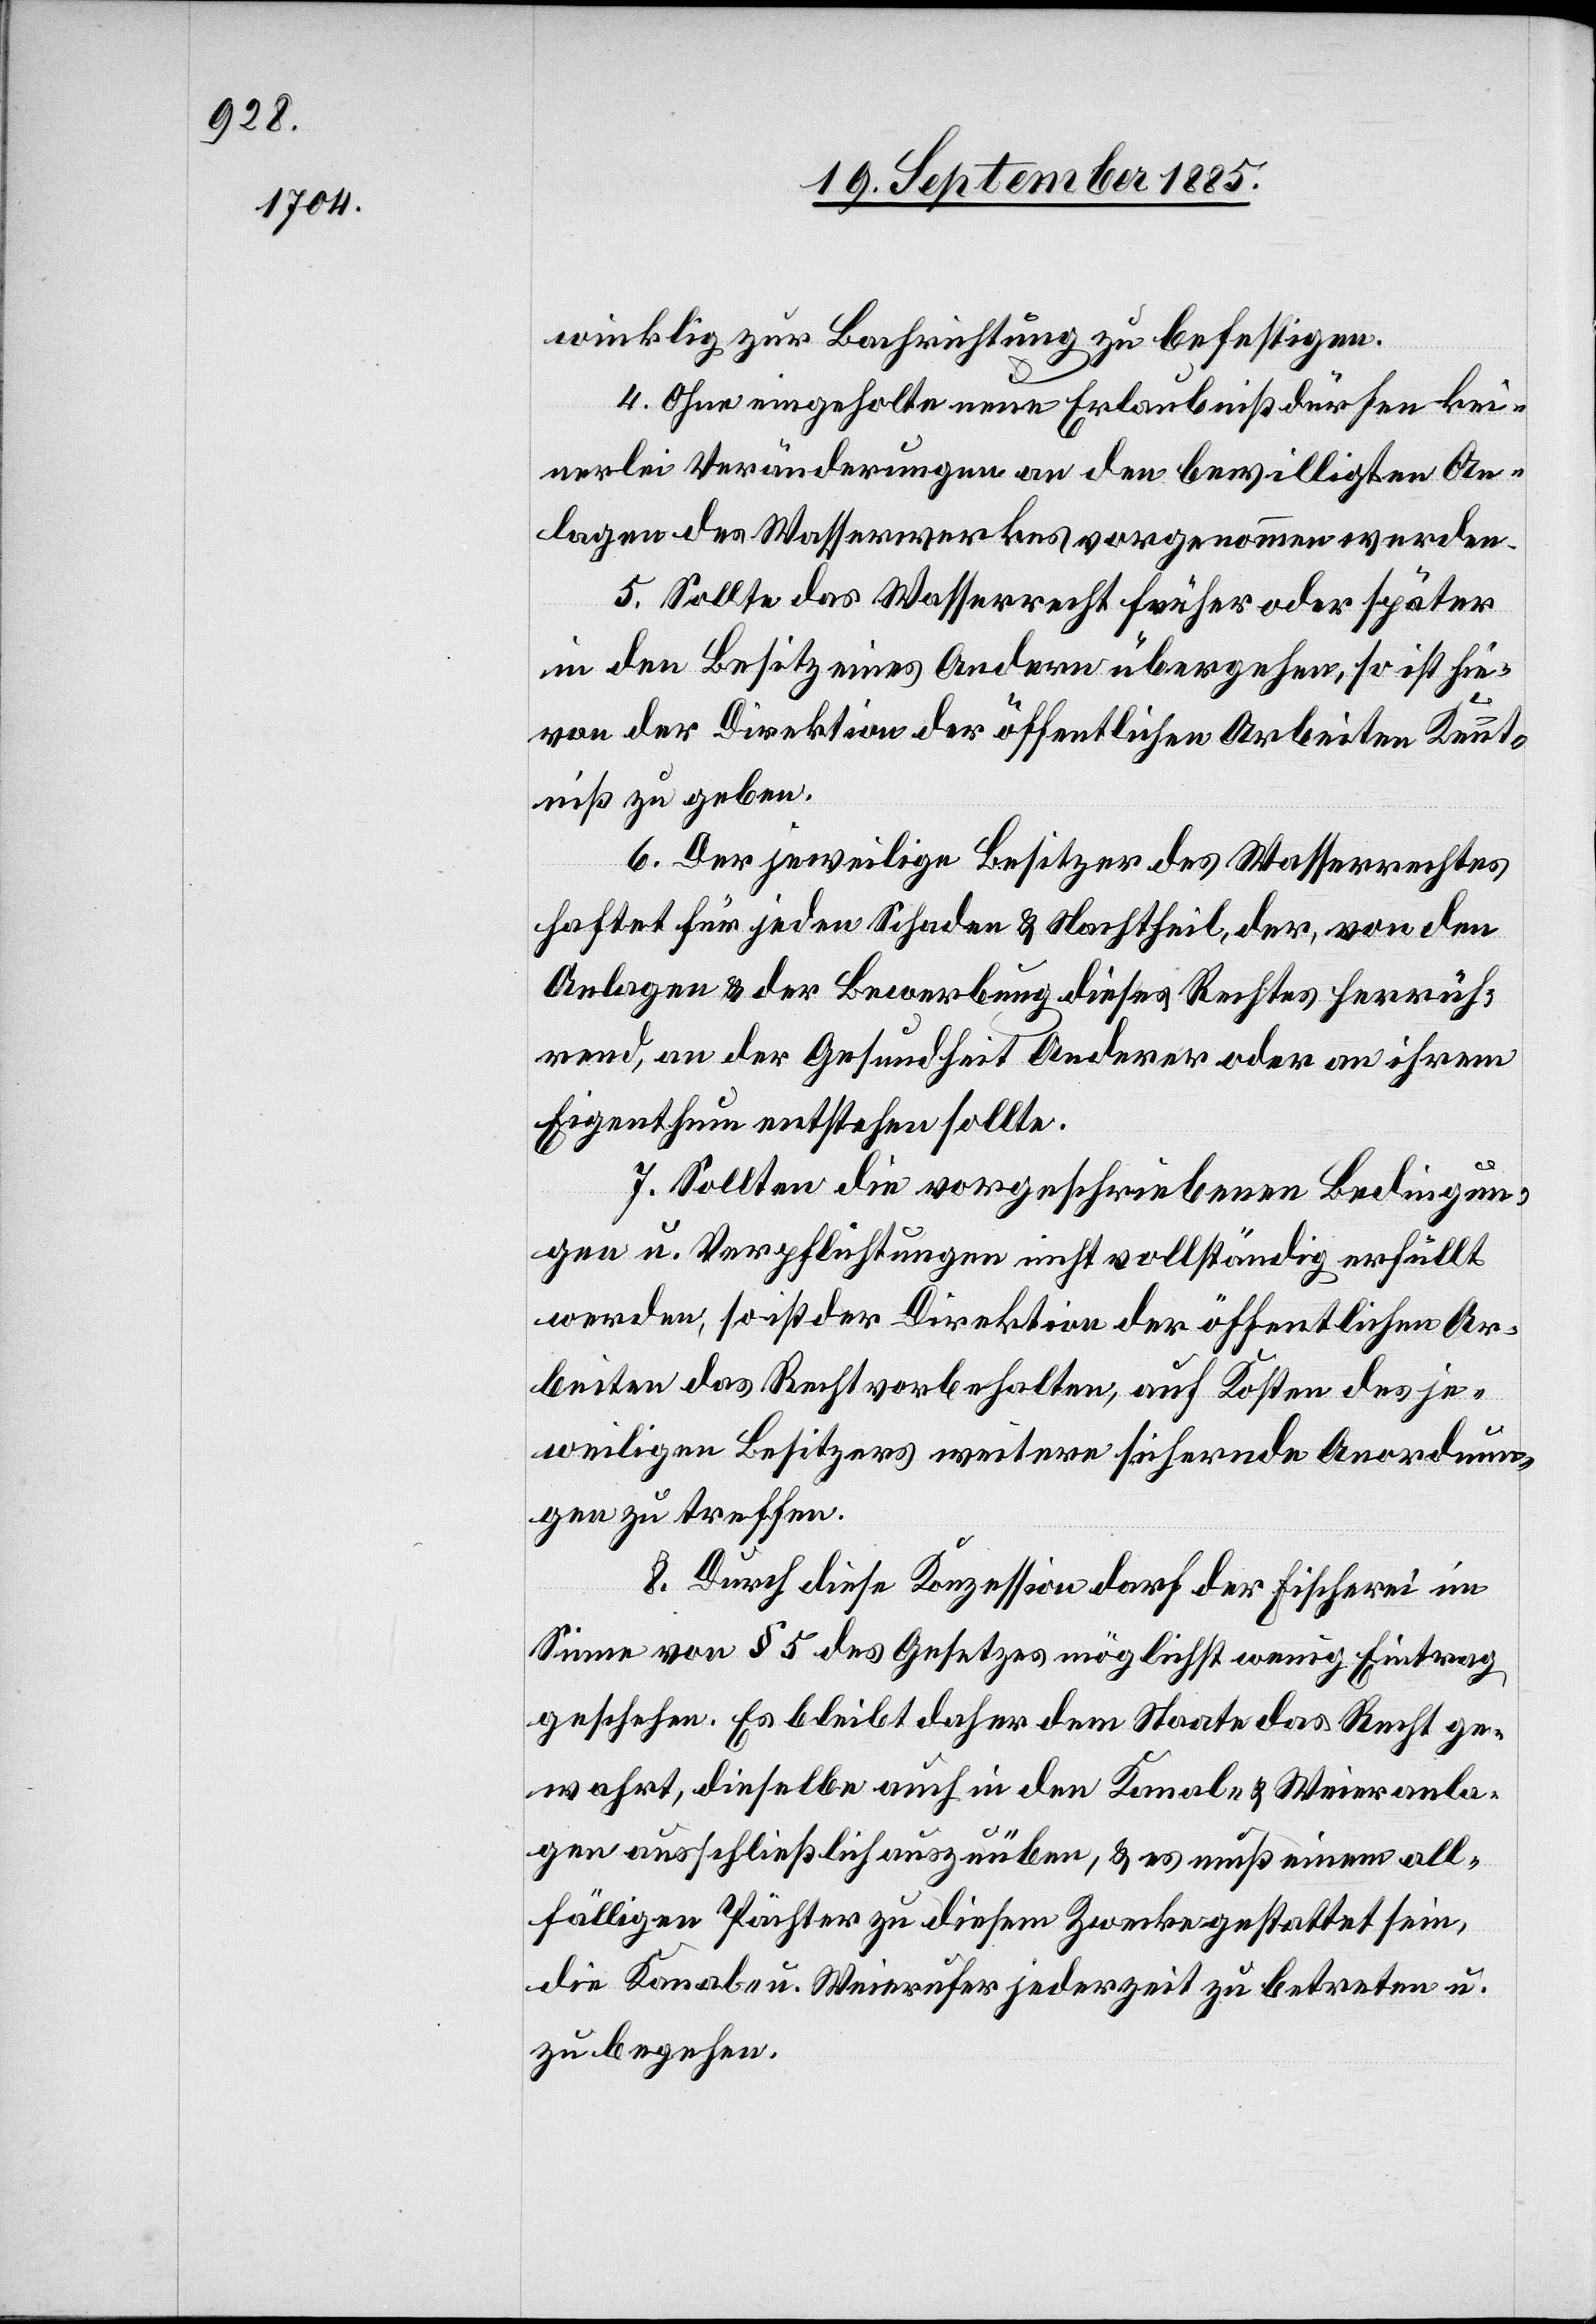
winklig zur Bachrichtung zu befestigen.
4. Ohne eingeholte neue Erlaubniß dürfen kei¬
nerlei Veränderungen an den bewilligten An¬
lagen des Wasserwerkes vorgenommen werden.
5. Sollte das Wasserrecht früher oder später
in den Besitz eines Andern übergehen, so ist hie¬
von der Direktion der öffentlichen Arbeiten Kennt¬
niß zu geben.
6. Der jeweilige Besitzer des Wasserrechtes
haftet für jeden Schaden & Nachtheil, der, von den
Anlagen & der Bewerbung dieses Rechtes herrüh¬
rend, an der Gesundheit Anderer oder an ihrem
Eigenthum entstehen sollte.
7. Sollten die vorgeschriebenen Bedingun¬
gen u. Verpflichtungen nicht vollständig erfüllt
werden, so ist der Direktion der öffentlichen Ar¬
beiten das Recht vorbehalten, auf Kosten des je¬
weiligen Besitzers weitere sichernde Anordnun¬
gen zu treffen.
8. Durch diese Konzession darf der Fischerei im
Sinne von § 5 des Gesetzes möglichst wenig Eintrag
geschehen. Es bleibt daher dem Staate das Recht ge¬
wahrt, dieselbe auch in den Kanal- & Weieranla¬
gen ausschließlich auszuüben, & es muß einem all¬
fälligen Pächter zu diesem Zwecke gestattet sein,
die Kanals- u. Weierufer jederzeit zu betreten u.
zu begehen.